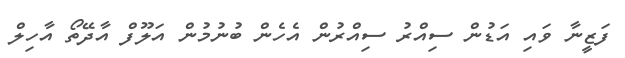
ފަޒީނާ ވައި އަޑުން ސިއްރު ސިއްރުން އެހެން ބުނުމުން އަލޫފް އާދޭތޯ އާހިލް